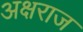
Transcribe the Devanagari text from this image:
अक्षराज